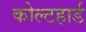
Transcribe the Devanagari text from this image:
कोल्टहार्ड